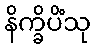
နိက္ခိပိံသု